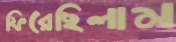
ফিরেছিলাম